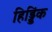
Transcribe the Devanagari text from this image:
हिड्डिंक